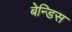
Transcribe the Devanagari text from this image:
बेन्डिस